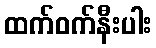
ထက်ဝက်နီးပါး